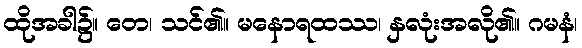
ထိုအခါ၌။ တေ၊ သင်၏။ မနောရထဿ၊ နှလုံးအလို၏။ ဂမနံ၊